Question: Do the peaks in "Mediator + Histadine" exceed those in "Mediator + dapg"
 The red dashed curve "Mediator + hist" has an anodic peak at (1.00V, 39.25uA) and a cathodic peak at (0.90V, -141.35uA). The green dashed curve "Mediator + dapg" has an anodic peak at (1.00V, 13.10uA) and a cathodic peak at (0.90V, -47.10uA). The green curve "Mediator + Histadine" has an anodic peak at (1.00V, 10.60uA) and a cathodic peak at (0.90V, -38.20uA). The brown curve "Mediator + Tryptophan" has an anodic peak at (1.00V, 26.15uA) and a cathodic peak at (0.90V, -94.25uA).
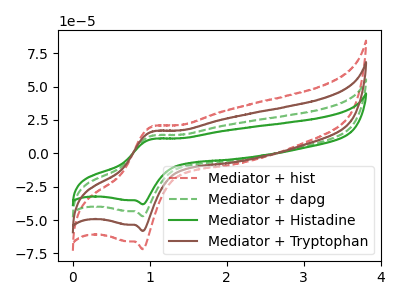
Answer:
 <answer>Every peak in "Mediator + Histadine" is lower than every peak in "Mediator + dapg".</answer>
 <eval>lower</eval>